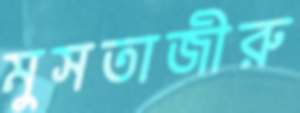
মুসতাজীরু